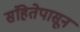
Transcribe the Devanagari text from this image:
संहितेपासून